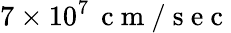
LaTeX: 7\times 10^{7}\, \mathrm{~c~m~/~s~e~c~}